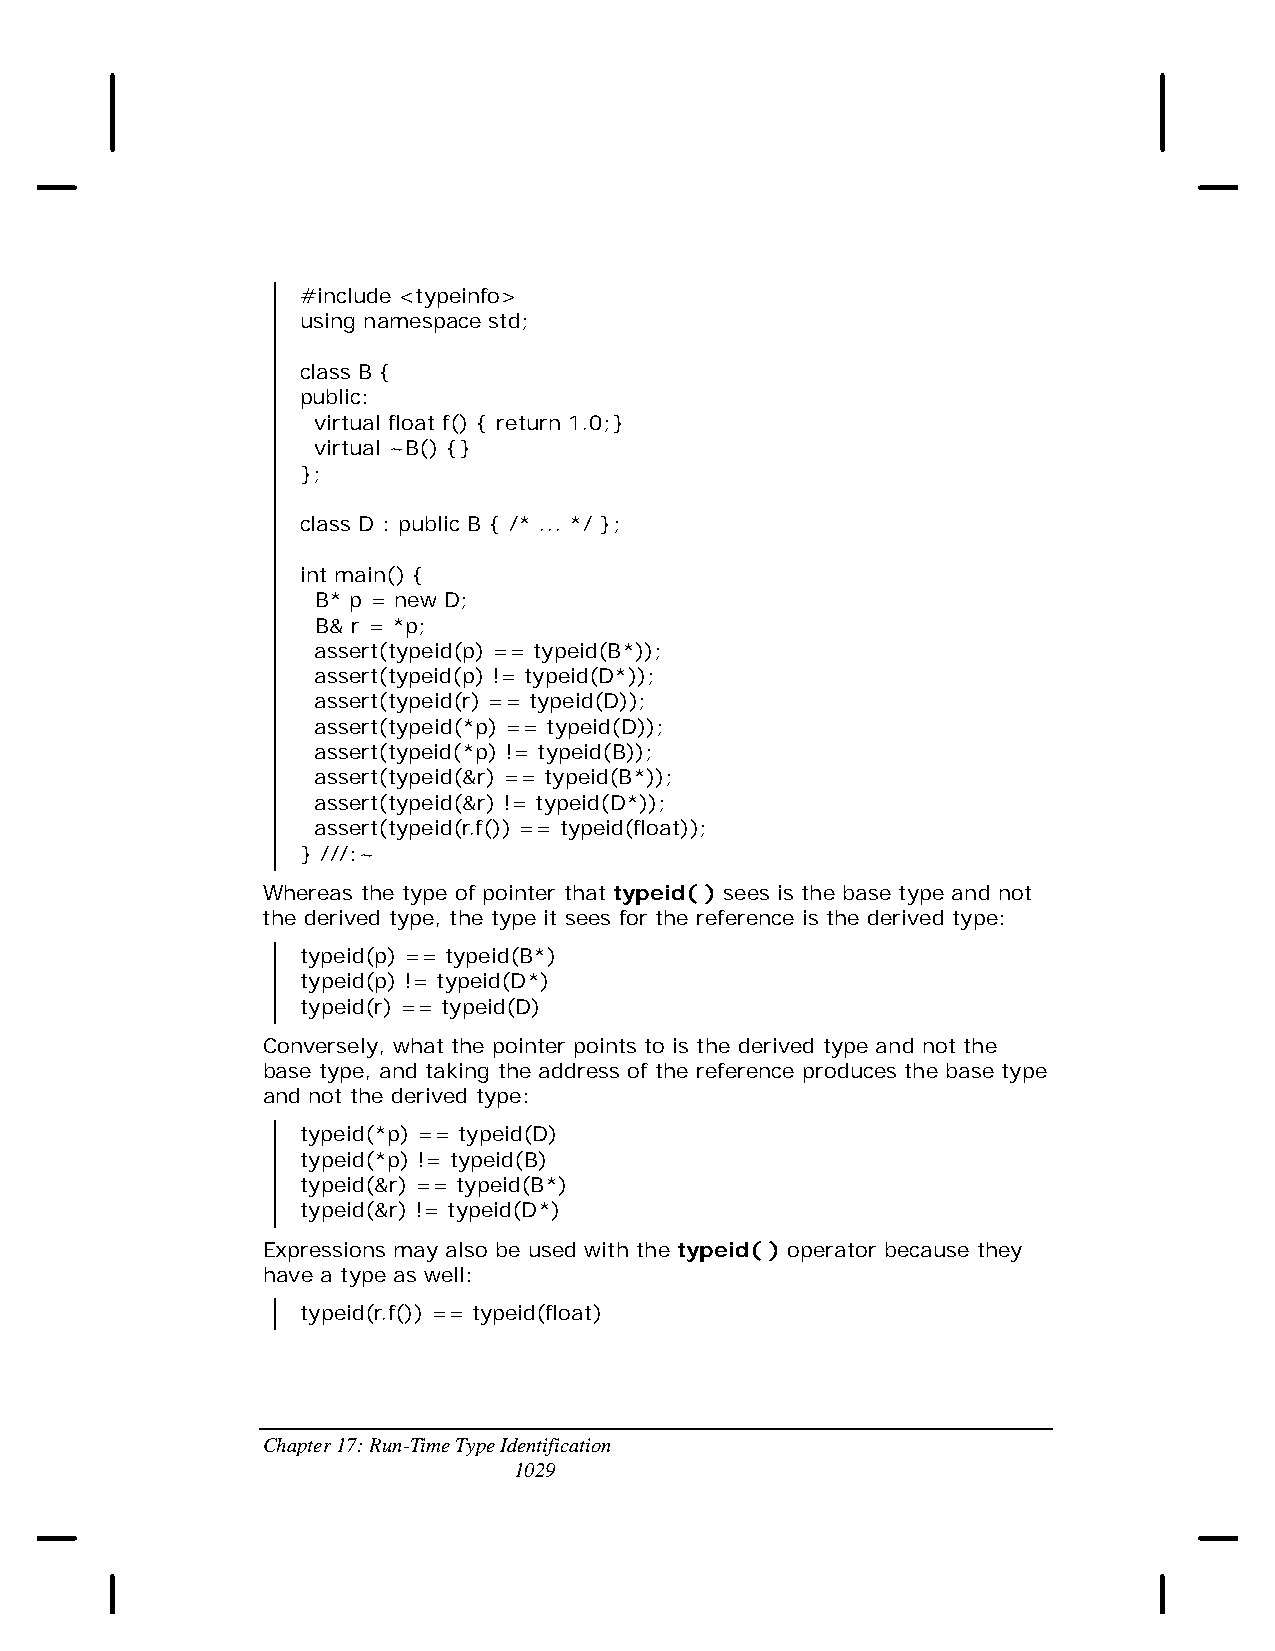
#include <typeinfo>
 using namespace std;
 class B {
 public:
 virtual float f() { return 1.0;}
 virtual ~B() {}
 };
 class D : public B { /* ... */ };
 int main() {
 B* p = new D;
 B& r = *p;
 assert(typeid(p) == typeid(B*));
 assert(typeid(p) != typeid(D*));
 assert(typeid(r) == typeid(D));
 assert(typeid(*p) == typeid(D));
 assert(typeid(*p) != typeid(B));
 assert(typeid(&r) == typeid(B*));
 assert(typeid(&r) != typeid(D*));
 assert(typeid(r.f()) == typeid(float));
 } ///:~
 Whereas the type of pointer that typeid( ) sees is the base type and not
 the derived type, the type it sees for the reference is the derived type:
 typeid(p) == typeid(B*)
 typeid(p) != typeid(D*)
 typeid(r) == typeid(D)
 Conversely, what the pointer points to is the derived type and not the
 base type, and taking the address of the reference produces the base type
 and not the derived type:
 typeid(*p) == typeid(D)
 typeid(*p) != typeid(B)
 typeid(&r) == typeid(B*)
 typeid(&r) != typeid(D*)
 Expressions may also be used with the typeid( ) operator because they
 have a type as well:
 typeid(r.f()) == typeid(float)
 Chapter 17: Run-Time Type Identification
 1029